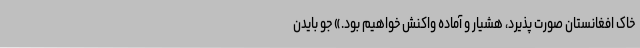
خاک افغانستان صورت پذیرد، هشیار و آماده واکنش خواهیم بود.» جو بایدن